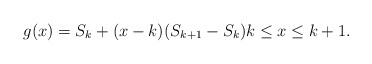
\begin{align*}g(x) = S_k + (x - k)(S_{k + 1} - S_k) k \leq x \leq k + 1.\end{align*}